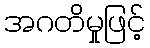
အဂတိမှုဖြင့်